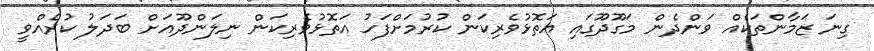
ގިނަ ޒަމާންތަކެއް ވަންދެން މަގޫދޫގައި އަތޮޅުވެރިކަން ކުރުމަށްފަހު އަތޮޅުވެރިކަން ނިލަންދޫއަށް ބަދަލު ކުރެއްވީ